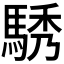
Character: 𮪆